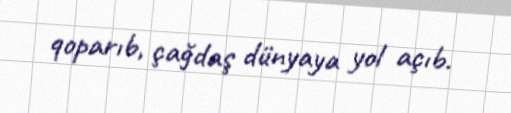
qoparıb, çağdaş dünyaya yol açıb.